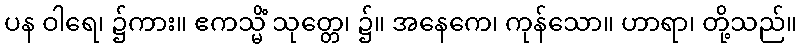
ပန ဝါရေ၊ ၌ကား။ ဧကသ္မိံ သုတ္တေ၊ ၌။ အနေကေ၊ ကုန်သော။ ဟာရာ၊ တို့သည်။